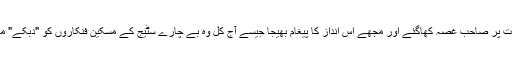
بس اسی بات پر صاحب غصہ کھاگئے اور مجھے اس انداز کا پیغام بھیجا جیسے آج کل وہ بے چارے سٹیج کے مسکین فنکاروں کو "دبکے" مارتے ہیں!